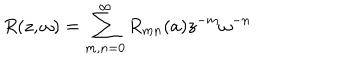
R ( z , \omega ) = \sum _ { m , n = 0 } ^ { \infty } R _ { m n } ( a ) z ^ { - m } \omega ^ { - n }